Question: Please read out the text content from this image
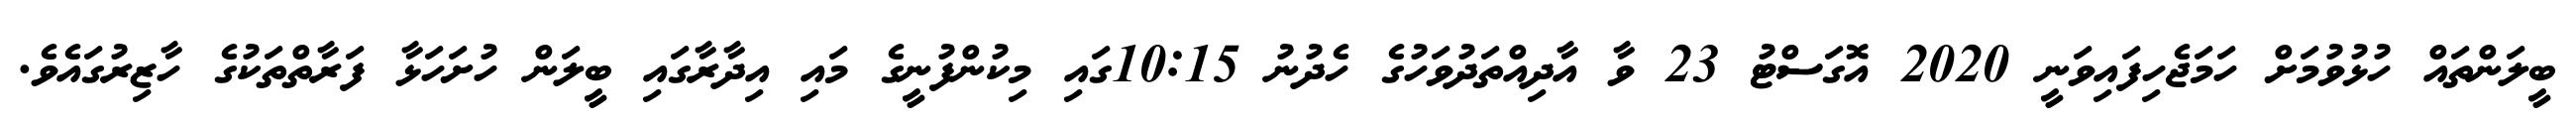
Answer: ބީލަންތައް ހުޅުވުމަށް ހަމަޖެހިފައިވަނީ 2020 އޮގަސްޓު 23 ވާ އާދިއްތަދުވަހުގެ ހެދުނު 10:15ގައި މިކުންފުނީގެ މައި އިދާރާގައި ބީލަން ހުށަހަޅާ ފަރާތްތަކުގެ ހާޒިރުގައެވެ.